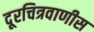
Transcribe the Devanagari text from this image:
दूरचित्रवाणीस